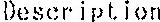
DESCRIPTION